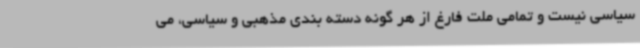
سیاسی نیست و تمامی ملت فارغ از هر گونه دسته بندی مذهبی و سیاسی، می